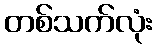
တစ်သက်လုံး